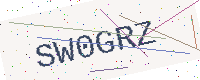
Text: SW0GRZ